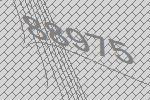
88975